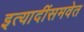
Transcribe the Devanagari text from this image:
इत्यादींसमवेत